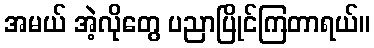
အမယ် အဲ့လိုတွေ ပညာပြိုင်ကြတာရယ်။